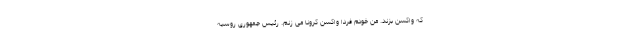
که واکسن بزند. من خودم فردا واکسن کرونا می زنم. رئیس جمهوری روسیه